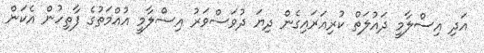
އަދި އިސްލާމީ ދައުލަތް ކުރިއަރައިގެން ދިޔަ ދުވަސްވަރު އިސްލާމީ އުއްމަތުގެ ފާތިހުން އެކަން